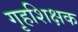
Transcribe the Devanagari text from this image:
गृहशिक्षक